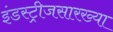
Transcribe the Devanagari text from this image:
इंडस्ट्रीजसारख्या